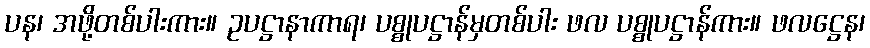
ပန၊ အဖို့တစ်ပါးကား။ ဥပဋ္ဌာနာကာရ၊ ပစ္စုပဋ္ဌာန်မှတစ်ပါး ဖလ ပစ္စုပဋ္ဌာန်ကား။ ဖလဋ္ဌေန၊